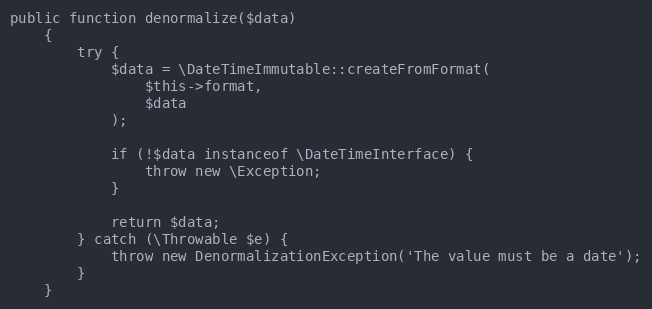
Language: PHP
public function denormalize($data)
    {
        try {
            $data = \DateTimeImmutable::createFromFormat(
                $this->format,
                $data
            );

            if (!$data instanceof \DateTimeInterface) {
                throw new \Exception;
            }

            return $data;
        } catch (\Throwable $e) {
            throw new DenormalizationException('The value must be a date');
        }
    }